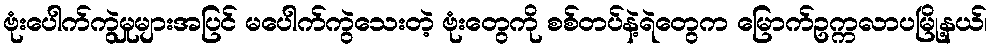
ဗုံးပေါက်ကွဲမှုများအပြင် မပေါက်ကွဲသေးတဲ့ ဗုံးတွေကို စစ်တပ်နဲ့ရဲတွေက မြောက်ဥက္ကလာပမြို့နယ်၊